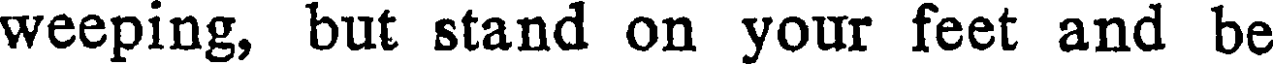
weeping, but stand on your feet and be